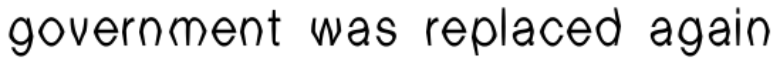
government was replaced again